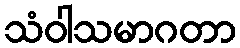
သံဝါသမာဂတာ